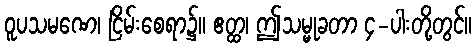
ဝူပသမဏေ၊ ငြိမ်းစေရာ၌။ ဧတ္ထ၊ ဤသမ္မုခတာ ၄-ပါးတို့တွင်။